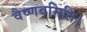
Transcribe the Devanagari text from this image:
वैष्णवमिति।